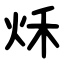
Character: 秌